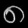
Digit: ၈